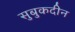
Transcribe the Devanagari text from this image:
सुबुकदीन